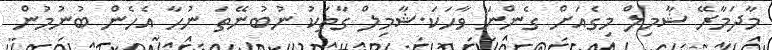
މާދަމާރޭ ޝާމިލް މިގެއަށް ގެންނަ ވާހަކަ.ޝާމިލް ގާތަކު ނުބުނޭތަ ނުހާ އެހެން ބުނުމުން